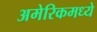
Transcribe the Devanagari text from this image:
अमेरिकमध्ये